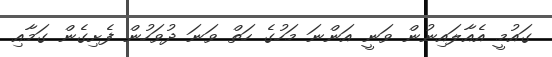
ގައުމީ އެއާލައިނުން ވަނީ އަންނަ މަހުގެ ހަތް ވަނަ ދުވަހުން ފެށިގެން ގަމާއި